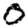
Digit: 0